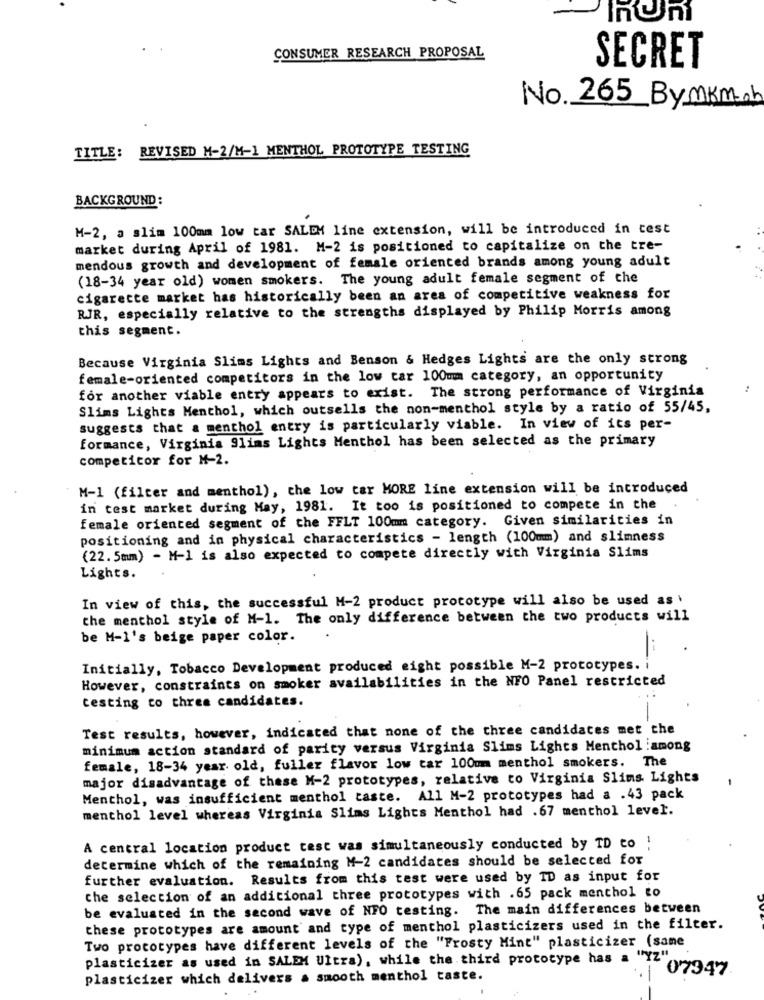
CONSUMER RESEARCH PROPOSAL
SECRET
No. 265_ByMKM.b
TITLE: REVISED M-2/M-1 MENTHOL PROTOTYPE TESTING
BACKGROUND:
M-2, a slim 100mm low tar SALEM line extension, will be introduced in cest
market during April of 1981. M-2 is positioned to capitalize on the tre-
mendous growth and development of female oriented brands among young adult
(18-34 year old) women smokers. The young adult female segment of the
cigarette market has historically been an area of competitive weakness for
RJR, especially relative to the strengths displayed by Philip Morris among
this segment.
Because Virginia Slims Lights and Benson & Hedges Lights are the only strong
female-oriented competitors in the low car 100mm category, an opportunity
for another viable entry appears to exist. The strong performance of Virginia
Slims Lights Menthol, which outsells the non-menthol style by a ratio of 55/45,
suggests that a menthol entry is particularly viable. In view of its per-
formance, Virginia Slims Lights Menthol has been selected as the primary
competitor for M-2.
M-1 (filter and menthol), the low car MORE line extension will be introduced
in test market during May, 1981. It too is positioned to compete in the
female oriented segment of the FFLT 100mm category. Given similarities in
positioning and in physical characteristics - length (100mm) and slimness
(22. 5mm) - M-1 is also expected to compete directly with Virginia Slims
Lights.
In view of this, the successful M-2 product prototype will also be used as
the menthol style of M-1. The only difference between the two products will
be M-1's beige paper color.
Initially, Tobacco Development produced eight possible M-2 prototypes. i
However, constraints on smoker availabilities in the NFO Panel restricted
testing to three candidates.
Test results, however, indicated that none of the three candidates met the
minimum action standard of parity versus Virginia Slims Lights Menthol :among
female, 18-34 year old, fuller flavor low tar 100mm menthol smokers. The
major disadvantage of these M-2 prototypes, relative to Virginia Slims Lights
Menthol, was insufficient menthol taste. All M-2 prototypes had a .43 pack
menthol level whereas Virginia Slims Lights Menthol had .67 menthol level.
A central location product test was simultaneously conducted by TD to !
determine which of the remaining M-2 candidates should be selected for
further evaluation. Results from this test were used by ID as input for
che selection of an additional three prototypes with .65 pack menthol to
be evaluated in the second wave of NFO testing. The main differences between
these prototypes are amount and type of menthol plasticizers used in the filter.
Two prototypes have different levels of the "Frosty Mint" plasticizer (same
plasticizer as used in SALEM Ultra), while the third prototype has a "YZ"
07947
plasticizer which delivers a smooth menthol taste.